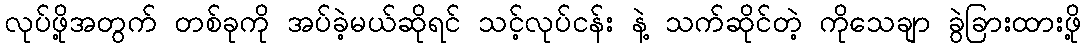
လုပ်ဖို့အတွက် တစ်ခုကို အပ်ခဲ့မယ်ဆိုရင် သင့်လုပ်ငန်း နဲ့ သက်ဆိုင်တဲ့ ကိုသေချာ ခွဲခြားထားဖို့